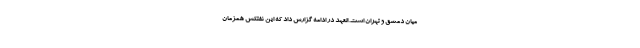
میان دمشق و تهران است. العهد در ادامه گزارش داد که این نفتکش همزمان